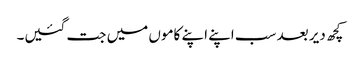
کچھ دیر بعد سب اپنے اپنے کاموں میں جت گئیں۔